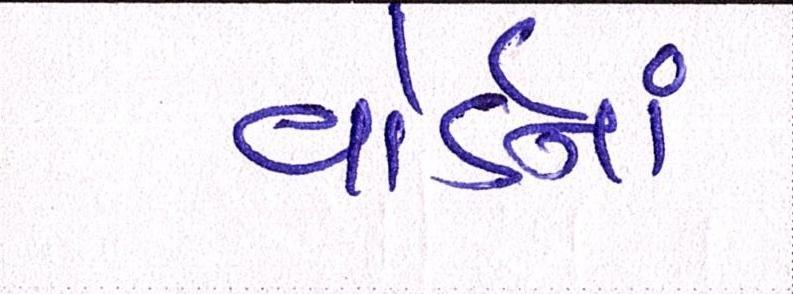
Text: વોર્ડનાં